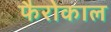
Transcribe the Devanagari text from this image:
फैरोकाल